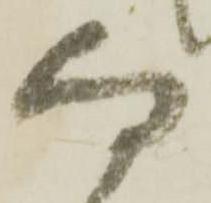
何